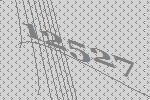
12527